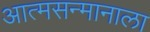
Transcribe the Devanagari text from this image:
आत्मसन्मानाला